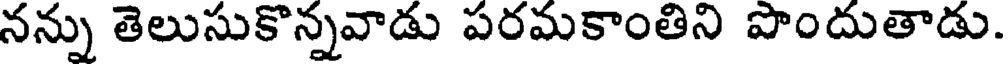
నన్ను తెలుసుకొన్నవాడు పరమకాంతిని పొందుతాడు.